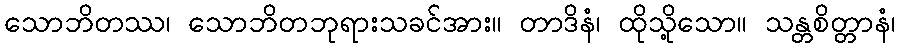
သောဘိတဿ၊ သောဘိတဘုရားသခင်အား။ တာဒိနံ၊ ထိုသို့သော။ သန္တစိတ္တာနံ၊